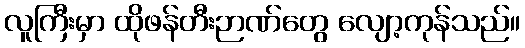
လူကြီးမှာ ထိုဖန်တီးဉာဏ်တွေ လျော့ကုန်သည်။